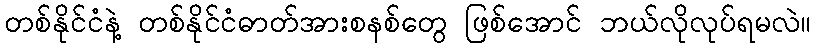
တစ်နိုင်ငံနဲ့ တစ်နိုင်ငံဓာတ်အားစနစ်တွေ ဖြစ်အောင် ဘယ်လိုလုပ်ရမလဲ။